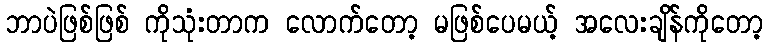
ဘာပဲဖြစ်ဖြစ် ကိုသုံးတာက လောက်တော့ မဖြစ်ပေမယ့် အလေးချိန်ကိုတော့